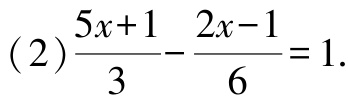
(2)$\frac{5x + 1}{3}-\frac{2x - 1}{6}=1$.